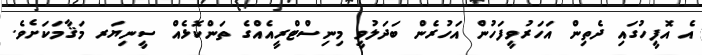
އެ އޮފީހުގައި ދެތިން އަހަރުވީފަހުން އަހުރެން ބަދަލުވީ މިނިސްޓްރީއެއްގެ ތަންކޮޅެއް ސީނިޔަރ މަޤާމަކަށެވެ.